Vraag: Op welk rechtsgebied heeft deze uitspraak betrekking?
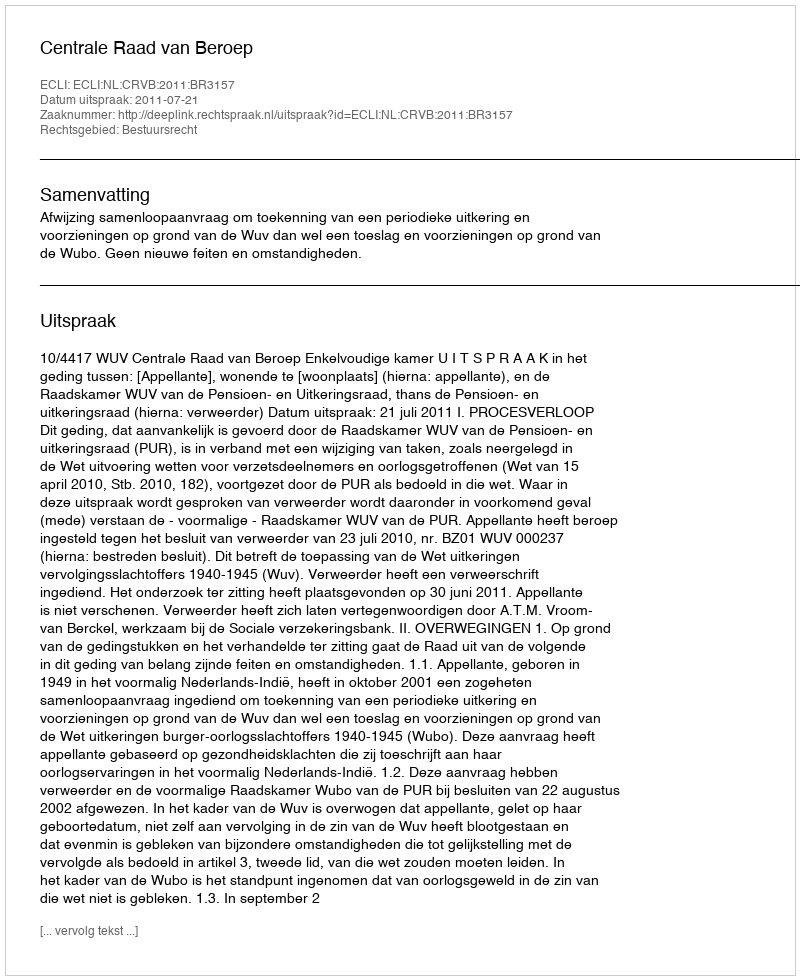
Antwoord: Bestuursrecht